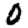
Digit: 0